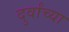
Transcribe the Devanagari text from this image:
दुर्वांच्या